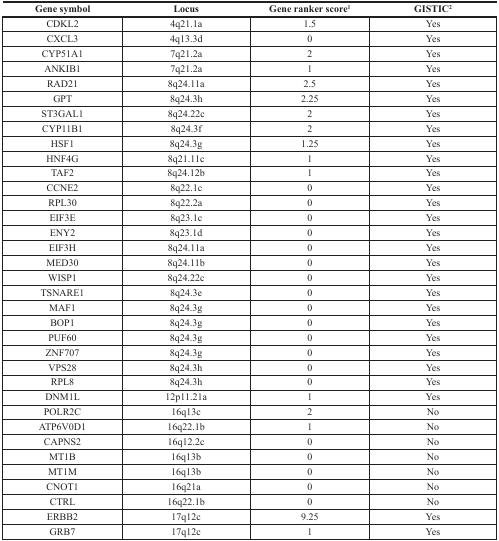
<table><thead><tr><td><b>Gene symbol</b></td><td><b>Locus</b></td><td><b>Gene ranker score<sup>1</sup></b></td><td><b>GISTIC<sup>2</sup></b></td></tr></thead><tbody><tr><td>CDKL2</td><td>4q21.1a</td><td>1.5</td><td>Yes</td></tr><tr><td>CXCL3</td><td>4q13.3d</td><td>0</td><td>Yes</td></tr><tr><td>CYP51A1</td><td>7q21.2a</td><td>2</td><td>Yes</td></tr><tr><td>ANKIB1</td><td>7q21.2a</td><td>1</td><td>Yes</td></tr><tr><td>RAD21</td><td>8q24.11a</td><td>2.5</td><td>Yes</td></tr><tr><td>GPT</td><td>8q24.3h</td><td>2.25</td><td>Yes</td></tr><tr><td>ST3GAL1</td><td>8q24.22c</td><td>2</td><td>Yes</td></tr><tr><td>CYP11B1</td><td>8q24.3f</td><td>2</td><td>Yes</td></tr><tr><td>HSF1</td><td>8q24.3g</td><td>1.25</td><td>Yes</td></tr><tr><td>HNF4G</td><td>8q21.11c</td><td>1</td><td>Yes</td></tr><tr><td>TAF2</td><td>8q24.12b</td><td>1</td><td>Yes</td></tr><tr><td>CCNE2</td><td>8q22.1c</td><td>0</td><td>Yes</td></tr><tr><td>RPL30</td><td>8q22.2a</td><td>0</td><td>Yes</td></tr><tr><td>EIF3E</td><td>8q23.1c</td><td>0</td><td>Yes</td></tr><tr><td>ENY2</td><td>8q23.1d</td><td>0</td><td>Yes</td></tr><tr><td>EIF3H</td><td>8q24.11a</td><td>0</td><td>Yes</td></tr><tr><td>MED30</td><td>8q24.11b</td><td>0</td><td>Yes</td></tr><tr><td>WISP1</td><td>8q24.22c</td><td>0</td><td>Yes</td></tr><tr><td>TSNARE1</td><td>8q24.3e</td><td>0</td><td>Yes</td></tr><tr><td>MAF1</td><td>8q24.3g</td><td>0</td><td>Yes</td></tr><tr><td>BOP1</td><td>8q24.3g</td><td>0</td><td>Yes</td></tr><tr><td>PUF60</td><td>8q24.3g</td><td>0</td><td>Yes</td></tr><tr><td>ZNF707</td><td>8q24.3g</td><td>0</td><td>Yes</td></tr><tr><td>VPS28</td><td>8q24.3h</td><td>0</td><td>Yes</td></tr><tr><td>RPL8</td><td>8q24.3h</td><td>0</td><td>Yes</td></tr><tr><td>DNM1L</td><td>12p11.21a</td><td>1</td><td>Yes</td></tr><tr><td>POLR2C</td><td>16q13c</td><td>2</td><td>No</td></tr><tr><td>ATP6V0D1</td><td>16q22.1b</td><td>1</td><td>No</td></tr><tr><td>CAPNS2</td><td>16q12.2c</td><td>0</td><td>No</td></tr><tr><td>MT1B</td><td>16q13b</td><td>0</td><td>No</td></tr><tr><td>MT1M</td><td>16q13b</td><td>0</td><td>No</td></tr><tr><td>CNOT1</td><td>16q21a</td><td>0</td><td>No</td></tr><tr><td>CTRL</td><td>16q22.1b</td><td>0</td><td>No</td></tr><tr><td>ERBB2</td><td>17q12c</td><td>9.25</td><td>Yes</td></tr><tr><td>GRB7</td><td>17q12c</td><td>1</td><td>Yes</td></tr></tbody></table>